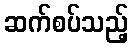
ဆက်စပ်သည့်